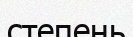
степень